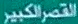
القصر الكبير